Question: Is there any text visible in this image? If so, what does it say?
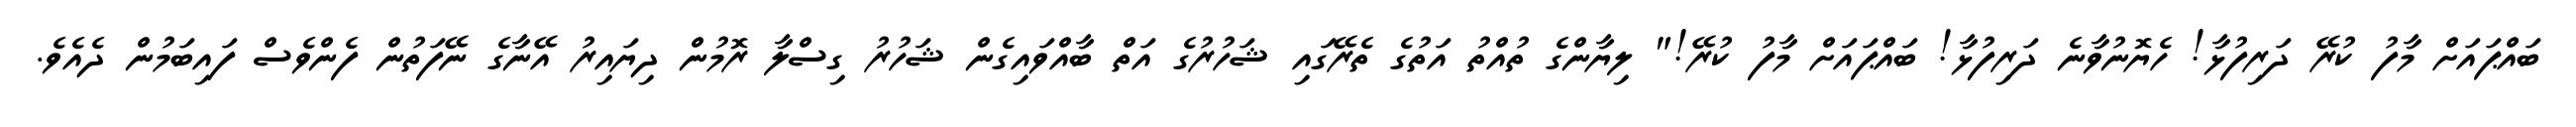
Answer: ބައްޕައަށް މާފު ކުރޭ ދަރިފުޅާ! ހެޔޮނުވާނެ ދަރިފުޅާ! ބައްޕައަށް މާފު ކުރޭ!" ލިޔާންގެ ތުއްތު އަތުގެ ތެރޭގައި ޝަހުރުގެ އަތް ބާއްވައިގެން ޝަހުރު ގިސްލާ ރޮމުން ދިޔައިރު އޭނާގެ ނޭފަތުން ފެންވެސް ފައިބަމުން ދެއެވެ.